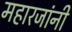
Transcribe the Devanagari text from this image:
महारजांनी